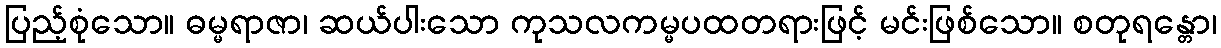
ပြည့်စုံသော။ ဓမ္မရာဇာ၊ ဆယ်ပါးသော ကုသလကမ္မပထတရားဖြင့် မင်းဖြစ်သော။ စတုရန္တော၊